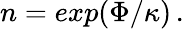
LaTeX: \begin{array}{r}{n=exp(\Phi/\kappa)\, .}\end{array}